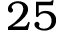
2 5